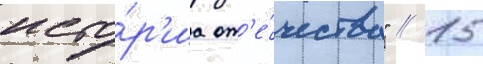
исто́р'иа от'е́чества" // 15